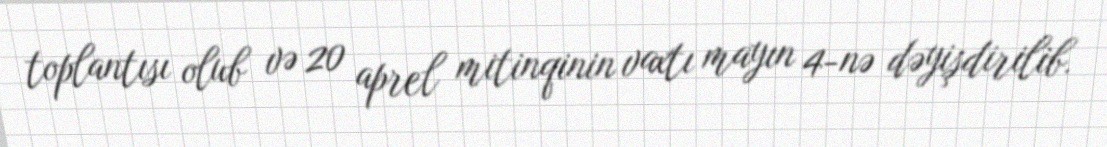
toplantısı olub və 20 aprel mitinqinin vaxtı mayın 4-nə dəyişdirilib.